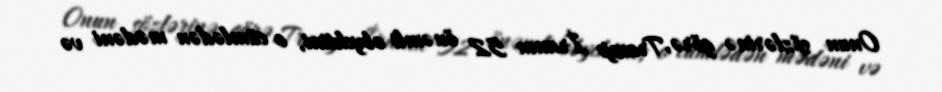
Onun sözlərinə görə, Tramp İranın 52 önəmli obyektini, o cümlədən mədəni və